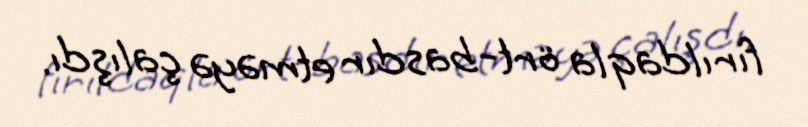
fırıldaqla ört-basdır etməyə çalışdı.